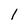
Character: 1